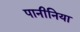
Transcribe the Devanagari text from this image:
पानीनिया